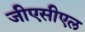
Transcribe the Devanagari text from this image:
जीएसीएल